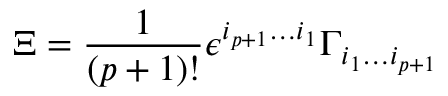
\Xi = { \frac { 1 } { ( p + 1 ) ! } } \epsilon ^ { i _ { p + 1 } \dots i _ { 1 } } \Gamma _ { i _ { 1 } \dots i _ { p + 1 } }